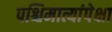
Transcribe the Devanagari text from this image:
पश्चिमात्यांपेक्षा